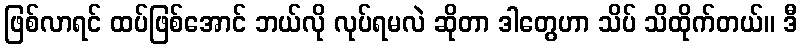
ဖြစ်လာရင် ထပ်ဖြစ်အောင် ဘယ်လို လုပ်ရမလဲ ဆိုတာ ဒါတွေဟာ သိပ် သိထိုက်တယ်။ ဒီ